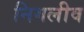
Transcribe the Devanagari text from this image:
निगलीव